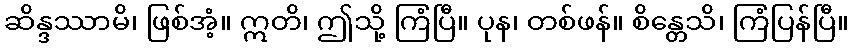
ဆိန္ဒဿာမိ၊ ဖြစ်အံ့။ ဣတိ၊ ဤသို့ ကြံပြီ။ ပုန၊ တစ်ဖန်။ စိန္တေသိ၊ ကြံပြန်ပြီ။